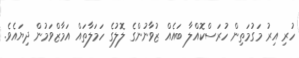
ހުރި އިރު މަގުމަތިން ހުރަސްކޮއްލާ ބައެއް ޒުވާނުންގެ ލޮލުގެ ހަމަލާތައް އަމާޒްވަމުން ދިޔައެވެ.